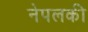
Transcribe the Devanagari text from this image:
नेपलकी